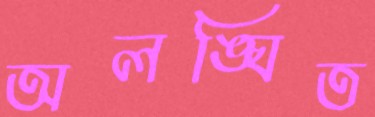
অলঙ্ঘিত